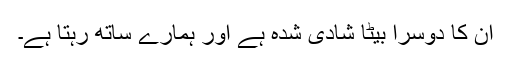
ان کا دوسرا بیٹا شادی شدہ ہے اور ہمارے ساتھ رہتا ہے۔